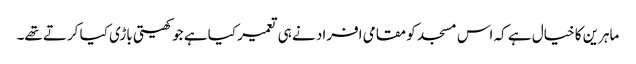
ماہرین کا خیال ہے کہ اس مسجد کو مقامی افراد نے ہی تعمیر کیا ہے جو کھیتی باڑی کیا کرتے تھے۔